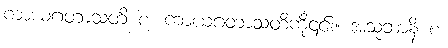
ကာယဂတာသတိ စ၊ ကာယဂတာသတိကို၎င်း။ အသုဘာနိ စ၊